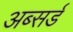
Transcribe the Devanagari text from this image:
अब्सर्ड